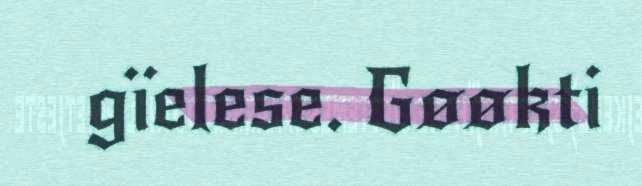
gïelese. Gøøkti